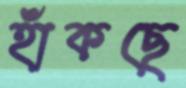
হাঁকছে